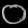
Digit: ၀